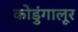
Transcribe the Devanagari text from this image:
कोडुंगालूर